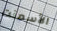
الأسمنت